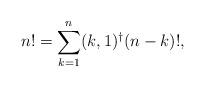
LaTeX: \begin{align*}n! = \sum_{k = 1}^n (k,1)^{\dagger} (n-k)! ,\end{align*}